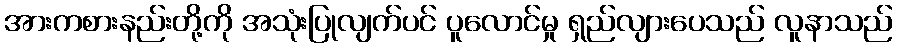
အားကစားနည်းတို့ကို အသုံးပြုလျက်ပင် ပူလောင်မှု ရှည်လျားပေသည် လူနာသည်